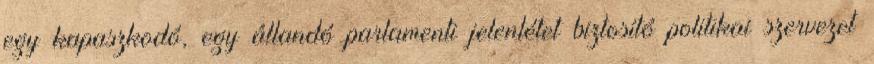
egy kapaszkodó, egy állandó parlamenti jelenlétet biztosító politikai szervezet